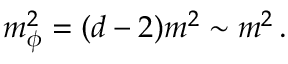
m _ { \phi } ^ { 2 } = ( d - 2 ) m ^ { 2 } \sim m ^ { 2 } \, .